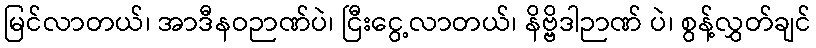
မြင်လာတယ်၊ အာဒီနဝဉာဏ်ပဲ၊ ငြီးငွေ့လာတယ်၊ နိဗ္ဗိဒါဉာဏ် ပဲ၊ စွန့်လွှတ်ချင်